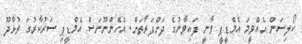
ކޯލިސަން އެއްވީމަ އެމްޑީޕީ ވާނީ ފައިވާނުގެ ދަށްފަރާތަށް. އެހެންނޫނަސް އެމްޑީޕި ސަރުކާރުގަ ތުޅާދޫ